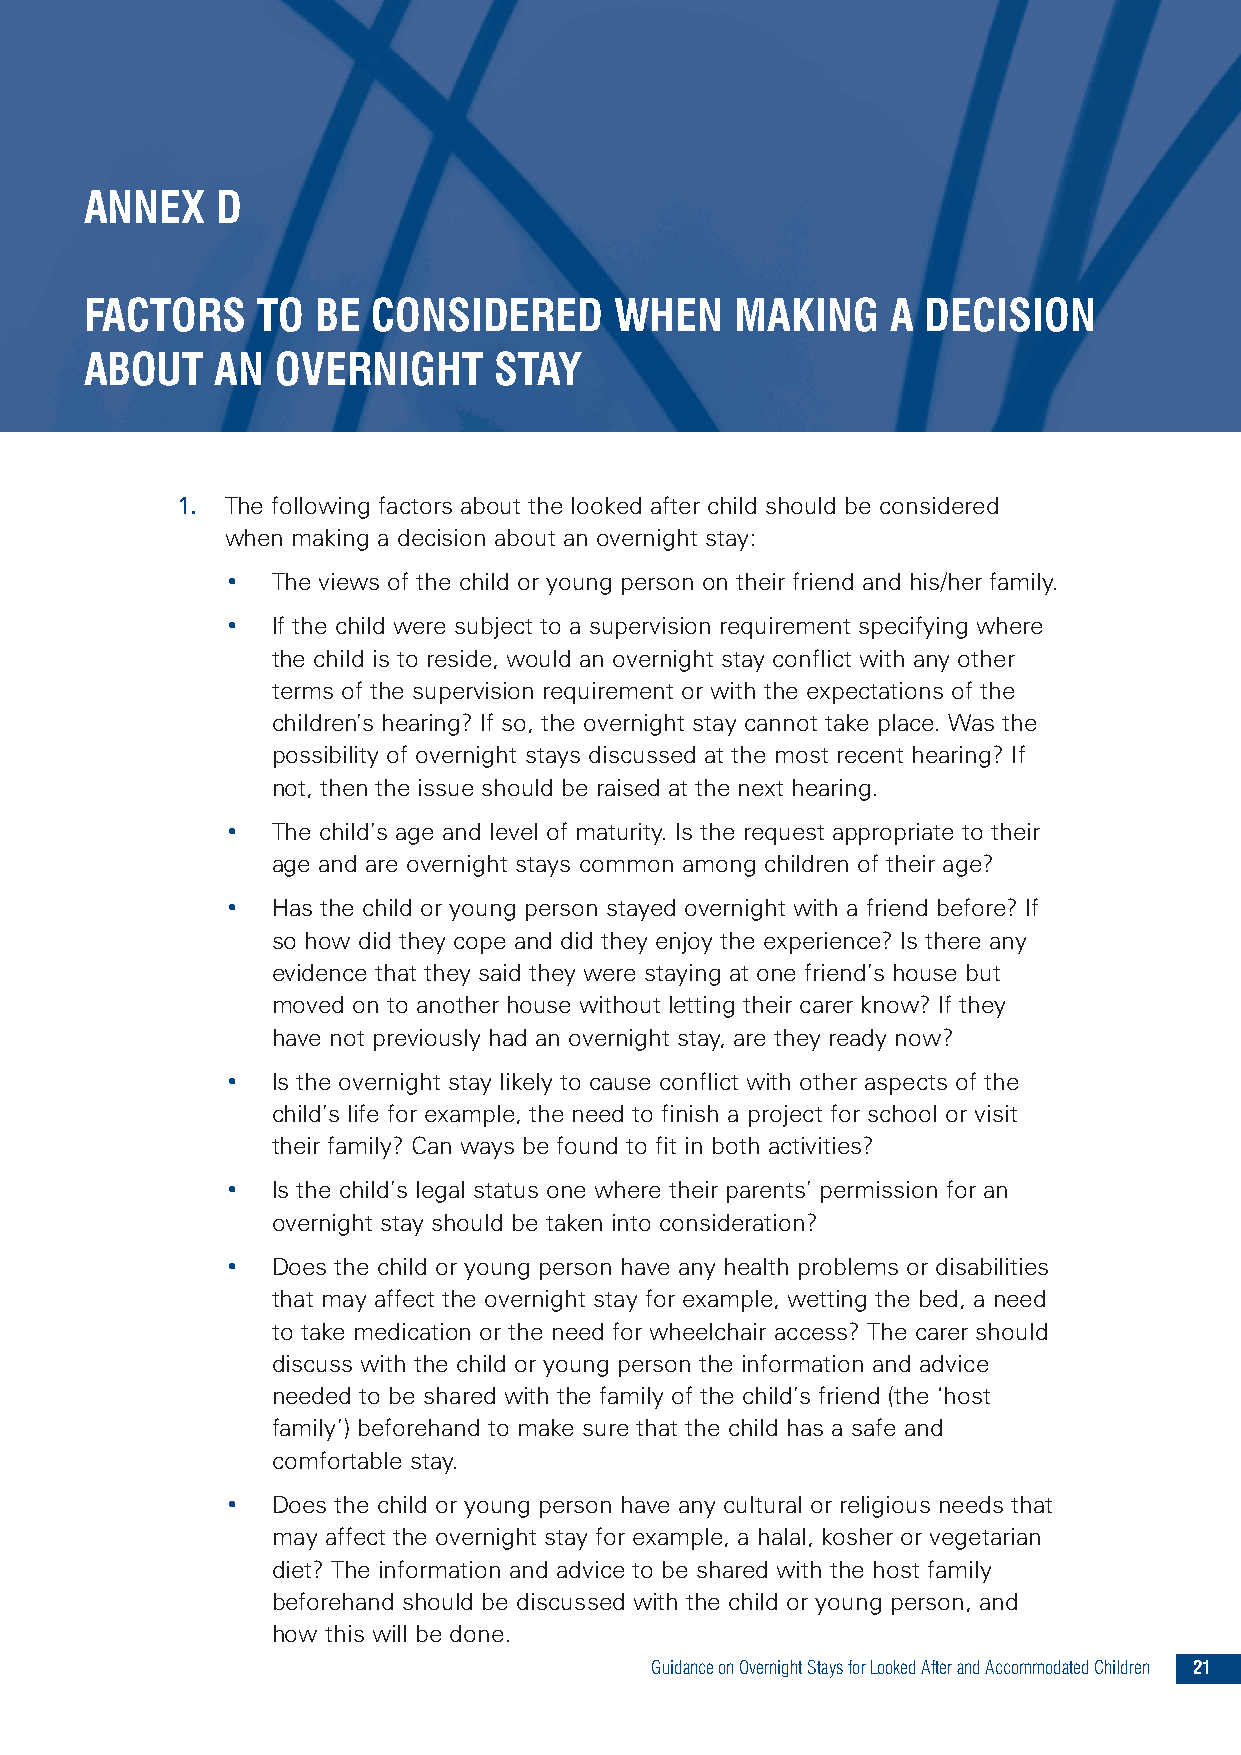
ANNEX   D
 FACTORS    TO  BE  CONSIDERED      WHEN    MAKING    A DECISION
 ABOUT   AN  OVERNIGHT      STAY
 1. The following factors about the looked after child should be considered
 when making a decision about an overnight stay:
 •  The views of the child or young person on their friend and his/her family.
 •  If the child were subject to a supervision requirement specifying where
 the child is to reside, would an overnight stay conflict with any other
 terms of the supervision requirement or with the expectations of the
 children’s hearing? If so, the overnight stay cannot take place. Was the
 possibility of overnight stays discussed at the most recent hearing? If
 not, then the issue should be raised at the next hearing.
 •  The child’s age and level of maturity. Is the request appropriate to their
 age and are overnight stays common among children of their age?
 •  Has the child or young person stayed overnight with a friend before? If
 so how did they cope and did they enjoy the experience? Is there any
 evidence that they said they were staying at one friend’s house but
 moved on to another house without letting their carer know? If they
 have not previously had an overnight stay, are they ready now?
 •  Is the overnight stay likely to cause conflict with other aspects of the
 child’s life for example, the need to finish a project for school or visit
 their family? Can ways be found to fit in both activities?
 •  Is the child’s legal status one where their parents’ permission for an
 overnight stay should be taken into consideration?
 •  Does the child or young person have any health problems or disabilities
 that may affect the overnight stay for example, wetting the bed, a need
 to take medication or the need for wheelchair access? The carer should
 discuss with the child or young person the information and advice
 needed to be shared with the family of the child’s friend (the ‘host
 family’) beforehand to make sure that the child has a safe and
 comfortable stay.
 •  Does the child or young person have any cultural or religious needs that
 may affect the overnight stay for example, a halal, kosher or vegetarian
 diet? The information and advice to be shared with the host family
 beforehand should be discussed with the child or young person, and
 how this will be done.
 GuidanceonOvernightStaysforLookedAfterandAccommodatedChildren 21